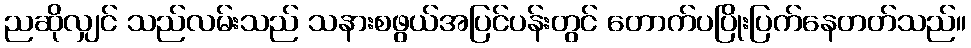
ညဆိုလျှင် သည်လမ်းသည် သနားစဖွယ်အပြင်ပန်းတွင် တောက်ပပြိုးပြက်နေတတ်သည်။